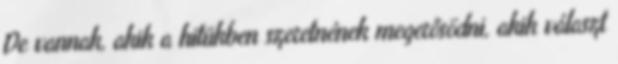
De vannak, akik a hitükben szeretnének megerősödni, akik választ